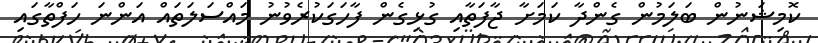
ކޮމިޝަނުން ބަލަމުން ގެންދާ ކަމަށާ ޖާފަތާއި ގުޅިގެން ފާހަގަކުރެވުނު މައްސަލަތައް އަންނަ ހަފްތާގައި